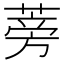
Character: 蒡